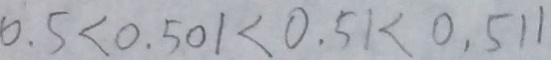
0 . 5 < 0 . 5 0 1 < 0 . 5 1 < 0 . 5 1 1